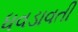
ધવડાવતી